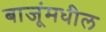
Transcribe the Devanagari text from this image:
बाजूंमधील